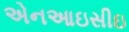
એનઆઇસીઇ